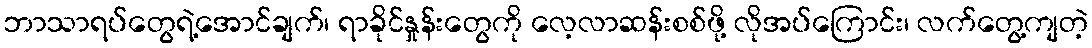
ဘာသာရပ်တွေရဲ့အောင်ချက်၊ ရာခိုင်နှုန်းတွေကို လေ့လာဆန်းစစ်ဖို့ လိုအပ်ကြောင်း၊ လက်တွေ့ကျတဲ့